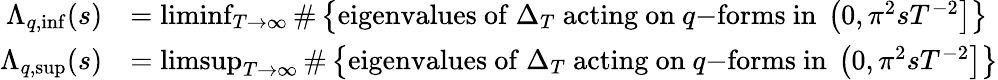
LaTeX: \begin{array}{rl}{\Lambda_{q,\operatorname*{inf}}(s)}&{=\operatorname*{liminf}_{T\rightarrow\infty}\# \left\{ \mathrm{eigenvalues~of}~\Delta_{T}~\mathrm{acting~on}~q\mathrm{-forms~in}~\left(0,\pi^{2}sT^{-2}\right]\right\} }\\ {\Lambda_{q,\operatorname*{sup}}(s)}&{=\operatorname*{limsup}_{T\rightarrow\infty}\# \left\{ \mathrm{eigenvalues~of}~\Delta_{T}~\mathrm{acting~on}~q\mathrm{-forms~in}~\left(0,\pi^{2}sT^{-2}\right]\right\} }\end{array}